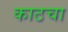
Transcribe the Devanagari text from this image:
काठचा